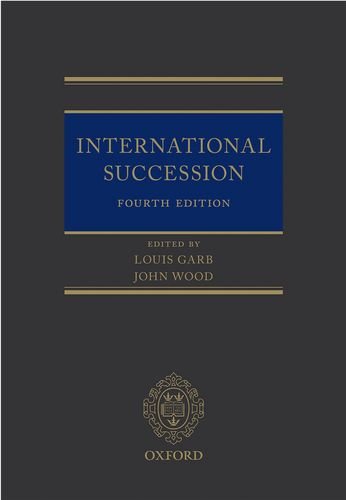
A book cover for International Succession; Law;